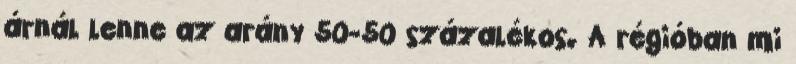
árnál lenne az arány 50-50 százalékos. A régióban mi